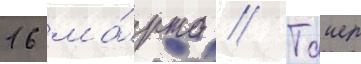
16 ма́рта // Таиер